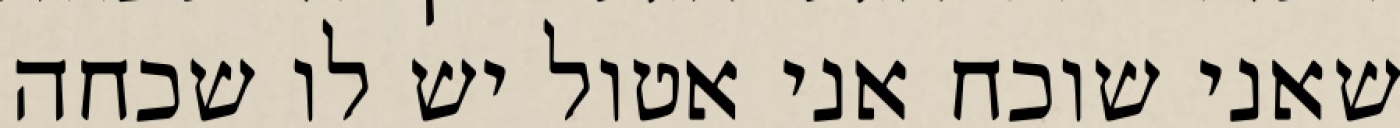
שאני שוכח אני אטול יש לו שכחה